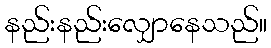
နည်းနည်းလျှောနေသည်။